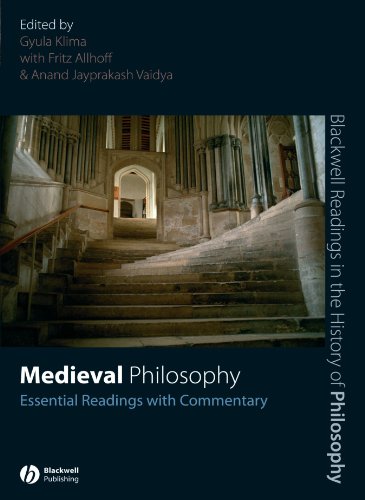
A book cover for Medieval Philosophy: Essential Readings with Commentary; Gyula Klima; Politics & Social Sciences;